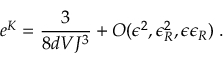
e ^ { K } = \frac { 3 } { 8 d V J ^ { 3 } } + { \cal O } ( \epsilon ^ { 2 } , \epsilon _ { R } ^ { 2 } , \epsilon \epsilon _ { R } ) \; .